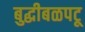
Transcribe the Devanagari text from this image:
बुद्धीबळपटू